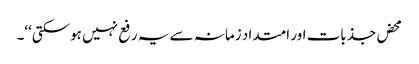
محض جذبات اور امتداد زمانہ سے یہ رفع نہیں ہوسکتی‘‘۔